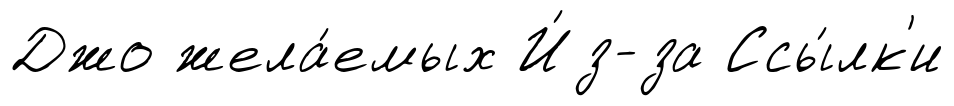
Джо жела́емых И́з-за Ссы́лк'и